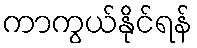
ကာကွယ်နိုင်ရန်